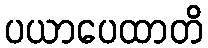
ပယာပေထာတိ